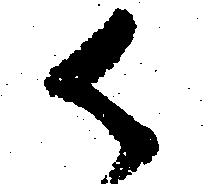
御